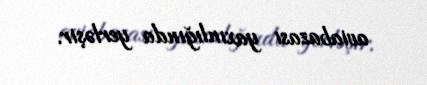
aviabazası yaxınlığında yerləşir.